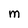
Character: M